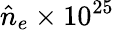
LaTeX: \hat{n}_{e}\times 10^{25}